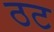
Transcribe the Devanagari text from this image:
ठट